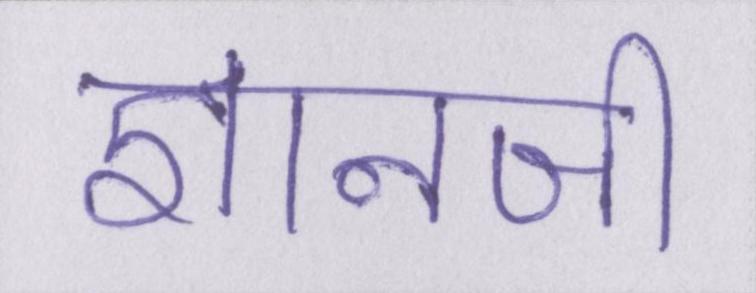
ज्ञानजी